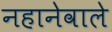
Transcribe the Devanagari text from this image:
नहानेवाले